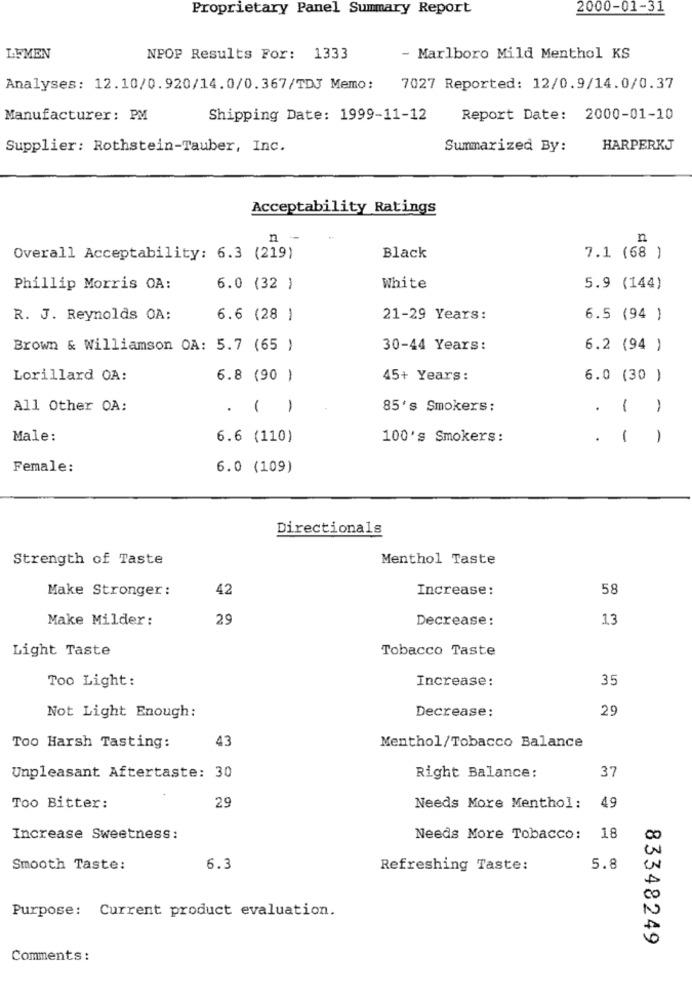
Proprietary Panel Summary Report
2000-01-31
LEMEN
NPOF Results For: 1333
- Marlboro Mild Menthol KS
Analyses: 12.10/0.920/14.0/0.367/TDJ Memo:
7027 Reported: 12/0.9/14.0/0.37
Manufacturer: PM
Shipping Date: 1999-11-12
Report Date: 2000-01-10
Supplier: Rothstein-Tauber, Inc.
Summarized By:
HARPERKJ
Acceptability Ratings
n -
n
Overall Acceptability: 6.3 (219)
Black
7.1 (68 )
Phillip Morris OA:
6.0 (32 )
White
5.9 (144)
R. J. Reynolds OA:
6.6 (28 )
21-29 Years:
6.5 (94 )
Brown & Williamson OA: 5.7 (65 )
30-44 Years:
6.2 (94 )
Lorillard OA:
6.8 (90 )
45+ Years:
6.0 (30 )
All Other OA:
. ( )
85's Smokers:
. ()
Male:
6.6 (110)
100's Smokers:
.
1
1
Female:
6.0 (109)
Directionals
Strength of Taste
Menthol Taste
Make Stronger:
42
Increase:
58
Make Milder:
29
Decrease:
13
Light Taste
Tobacco Taste
Too Light:
Increase:
35
Decrease:
29
Not Light Enough:
43
Too Harsh Tasting:
Menthol/Tobacco Balance
37
Unpleasant Aftertaste: 30
Right Balance:
29
Too Bitter:
Needs More Menthol: 49
Increase Sweetness:
Needs More Tobacco: 18
CO
Smooth Taste:
6.3
Refreshing Taste:
5.8
00
Purpose: Current product evaluation.
83348249
Comments: